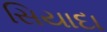
સિયાદા